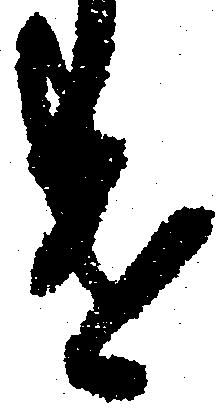
遣